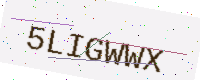
Text: 5LIGWWX